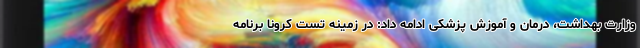
وزارت بهداشت، درمان و آموزش پزشکی ادامه داد: در زمینه تست کرونا برنامه